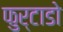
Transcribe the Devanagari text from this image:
फुर्टाडो